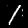
Label: 1